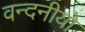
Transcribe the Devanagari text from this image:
वन्दनीयो